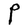
Character: P